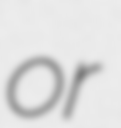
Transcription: or